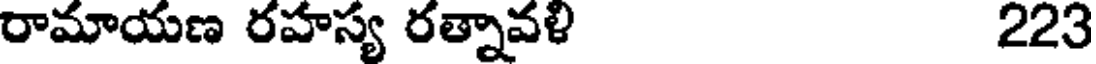
రామాయణ రహస్య రత్నావళి 223